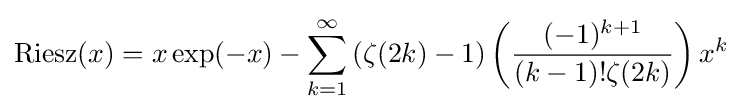
{\rm {Riesz}}(x)=x\exp(-x)-\sum _{k=1}^{\infty }\left(\zeta (2k)-1\right)\left({\frac {(-1)^{k+1}}{(k-1)!\zeta (2k)}}\right)x^{k}